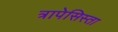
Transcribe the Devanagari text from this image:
त्रापेसिस्ता